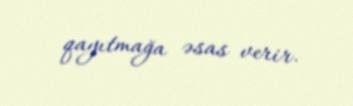
qayıtmağa əsas verir.